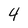
Character: 4